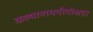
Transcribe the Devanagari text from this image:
कल्याणमयीमोक्षदा